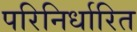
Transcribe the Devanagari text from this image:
परिनिर्धारित